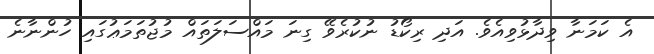
އެ ކަމަނާ ވިދާޅުވިއެވެ. އަދި ރިކޯޑު ނުކުރެވޭ ގިނަ މައްސަލަތައް މުޖުތަމަޢުގައި ހުންނާނެ